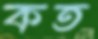
কত